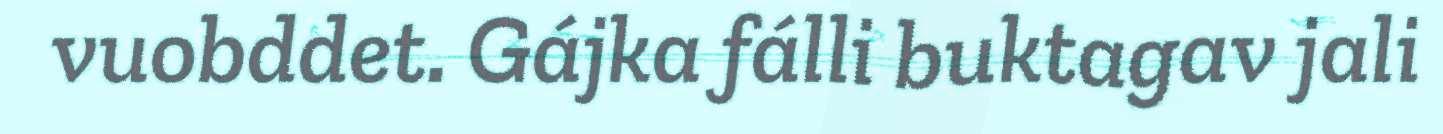
vuobddet. Gájka fálli buktagav jali